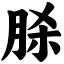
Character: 脎